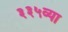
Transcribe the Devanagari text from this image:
३३५व्या